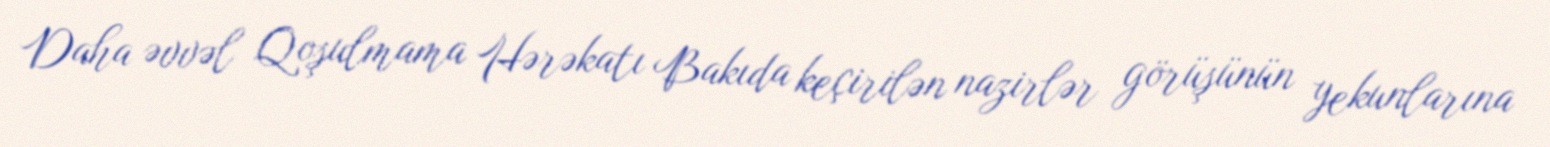
Daha əvvəl Qoşulmama Hərəkatı Bakıda keçirilən nazirlər görüşünün yekunlarına